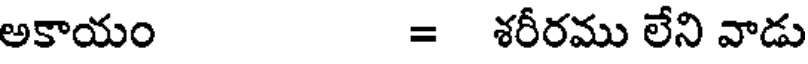
అకాయం = శరీరము లేని వాడు